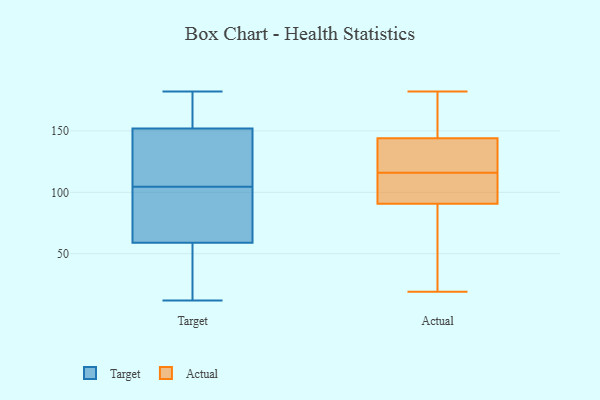
{"axis": {"x": "Tickets Resolved", "y": "Value"}, "legend": ["Actual", "Target"], "data": [{"x": "", "y": 182, "type": "Target"}, {"x": "", "y": 90, "type": "Target"}, {"x": "", "y": 58, "type": "Target"}, {"x": "", "y": 147, "type": "Target"}, {"x": "", "y": 90, "type": "Target"}, {"x": "", "y": 12, "type": "Target"}, {"x": "", "y": 119, "type": "Target"}, {"x": "", "y": 149, "type": "Target"}, {"x": "", "y": 26, "type": "Target"}, {"x": "", "y": 122, "type": "Target"}, {"x": "", "y": 60, "type": "Target"}, {"x": "", "y": 88, "type": "Target"}, {"x": "", "y": 171, "type": "Target"}, {"x": "", "y": 174, "type": "Target"}, {"x": "", "y": 37, "type": "Target"}, {"x": "", "y": 155, "type": "Target"}, {"x": "", "y": 123, "type": "Actual"}, {"x": "", "y": 66, "type": "Actual"}, {"x": "", "y": 145, "type": "Actual"}, {"x": "", "y": 93, "type": "Actual"}, {"x": "", "y": 90, "type": "Actual"}, {"x": "", "y": 141, "type": "Actual"}, {"x": "", "y": 99, "type": "Actual"}, {"x": "", "y": 119, "type": "Actual"}, {"x": "", "y": 167, "type": "Actual"}, {"x": "", "y": 107, "type": "Actual"}, {"x": "", "y": 105, "type": "Actual"}, {"x": "", "y": 169, "type": "Actual"}, {"x": "", "y": 182, "type": "Actual"}, {"x": "", "y": 147, "type": "Actual"}, {"x": "", "y": 116, "type": "Actual"}, {"x": "", "y": 88, "type": "Actual"}, {"x": "", "y": 126, "type": "Actual"}, {"x": "", "y": 19, "type": "Actual"}, {"x": "", "y": 44, "type": "Actual"}]}